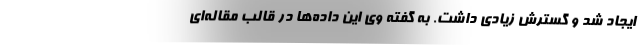
ایجاد شد و گسترش زیادی داشت. به گفته وی این داده‌ها در قالب مقاله‌ای